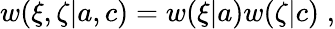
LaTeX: \begin{array}{r}{w(\xi,\zeta|{a},{c})=w(\xi|{a})w(\zeta|{c})\; ,}\end{array}